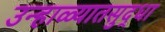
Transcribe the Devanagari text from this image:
उन्हाळ्यातसुद्धा